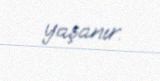
yaşanır.